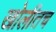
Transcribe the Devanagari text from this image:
खोलीतच